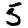
Digit: 5